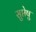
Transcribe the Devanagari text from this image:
सुप्तेषु